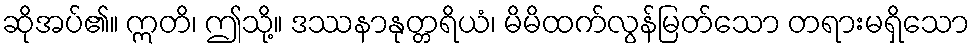
ဆိုအပ်၏။ ဣတိ၊ ဤသို့။ ဒဿနာနုတ္တရိယံ၊ မိမိထက်လွန်မြတ်သော တရားမရှိသော